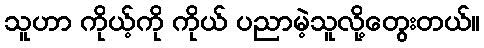
သူဟာ ကိုယ့်ကို ကိုယ် ပညာမဲ့သူလို့တွေးတယ်။